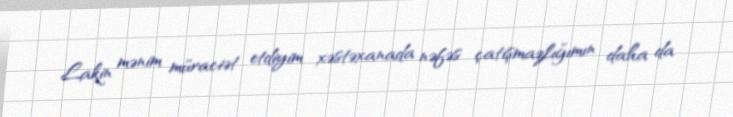
Lakin mənim müraciət etdiyim xəstəxanada nəfəs çatışmazlığımın daha da